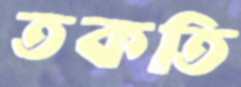
তকতি